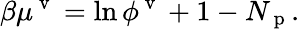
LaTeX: \beta\mu^{\mathrm{~v~}}=\ln\phi^{\mathrm{~v~}}+1-N_{\mathrm{~p~}}.